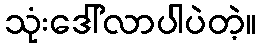
သုံးဒေါ်လာပါပဲတဲ့။